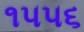
૧૫૫૬